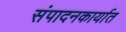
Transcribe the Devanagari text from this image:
संपादनकार्यात